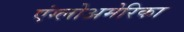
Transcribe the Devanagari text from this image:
एंग्लोअमेरिका